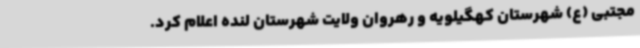
مجتبی (ع) شهرستان کهگیلویه و رهروان ولایت شهرستان لنده اعلام کرد.